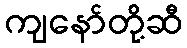
ကျနော်တို့ဆီ